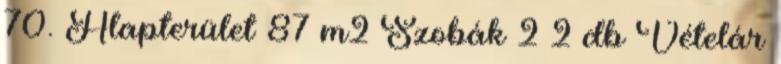
70. Alapterület 87 m2 Szobák 2 2 db Vételár